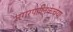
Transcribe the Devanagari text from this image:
नगरपालिकेचेया